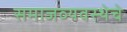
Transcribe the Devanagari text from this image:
समाजव्‍यवस्‍थेचे